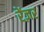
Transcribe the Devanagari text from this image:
रेंज़र